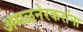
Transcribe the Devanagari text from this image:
अमळनेरकरांना